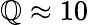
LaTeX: \mathbb{Q}\approx10